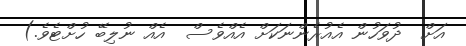
އަށް  ދުވަހުން އެއުރެންނަކަށް އެއްވެސް  އެއް ނުލިބޭ ހުށްޓެވެ.)